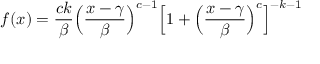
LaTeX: f ( x ) = { \frac { c k } { \beta } } { \Big ( } { \frac { x - \gamma } { \beta } } { \Big ) } ^ { c - 1 } { \Big [ } 1 + { \Big ( } { \frac { x - \gamma } { \beta } } { \Big ) } ^ { c } { \Big ] } ^ { - k - 1 }